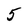
Character: 5